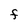
Character: f